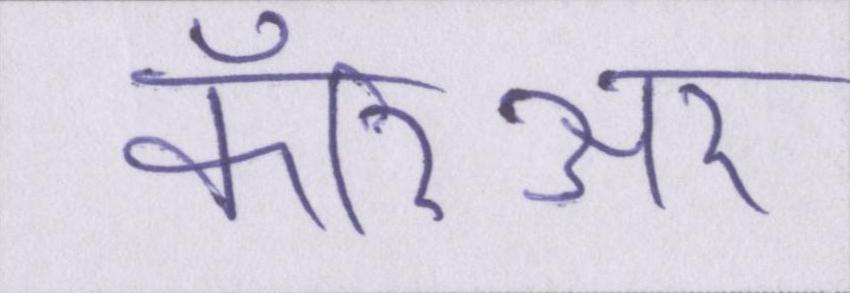
कॅरिअर